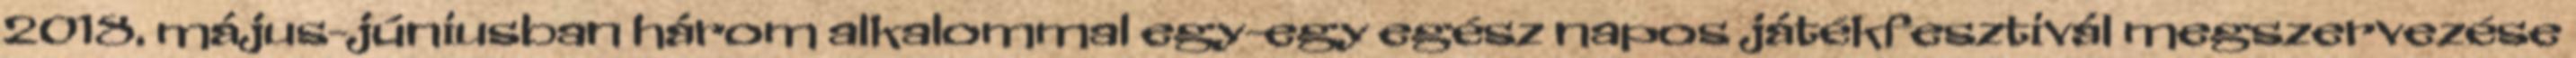
2018. május-júniusban három alkalommal egy-egy egész napos játékfesztivál megszervezése